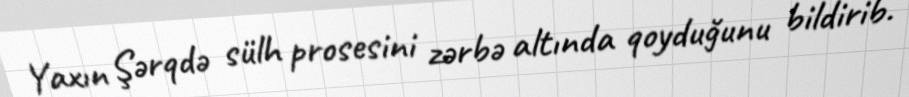
Yaxın Şərqdə sülh prosesini zərbə altında qoyduğunu bildirib.